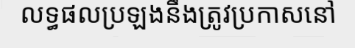
លទ្ធផលប្រឡងនឹងត្រូវប្រកាសនៅ